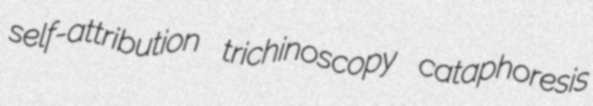
self-attribution trichinoscopy cataphoresis